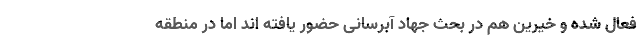
فعال شده و خیرین هم در بحث جهاد آبرسانی حضور یافته اند اما در منطقه